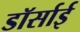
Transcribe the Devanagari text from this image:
डॉर्साई